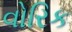
વોરિક